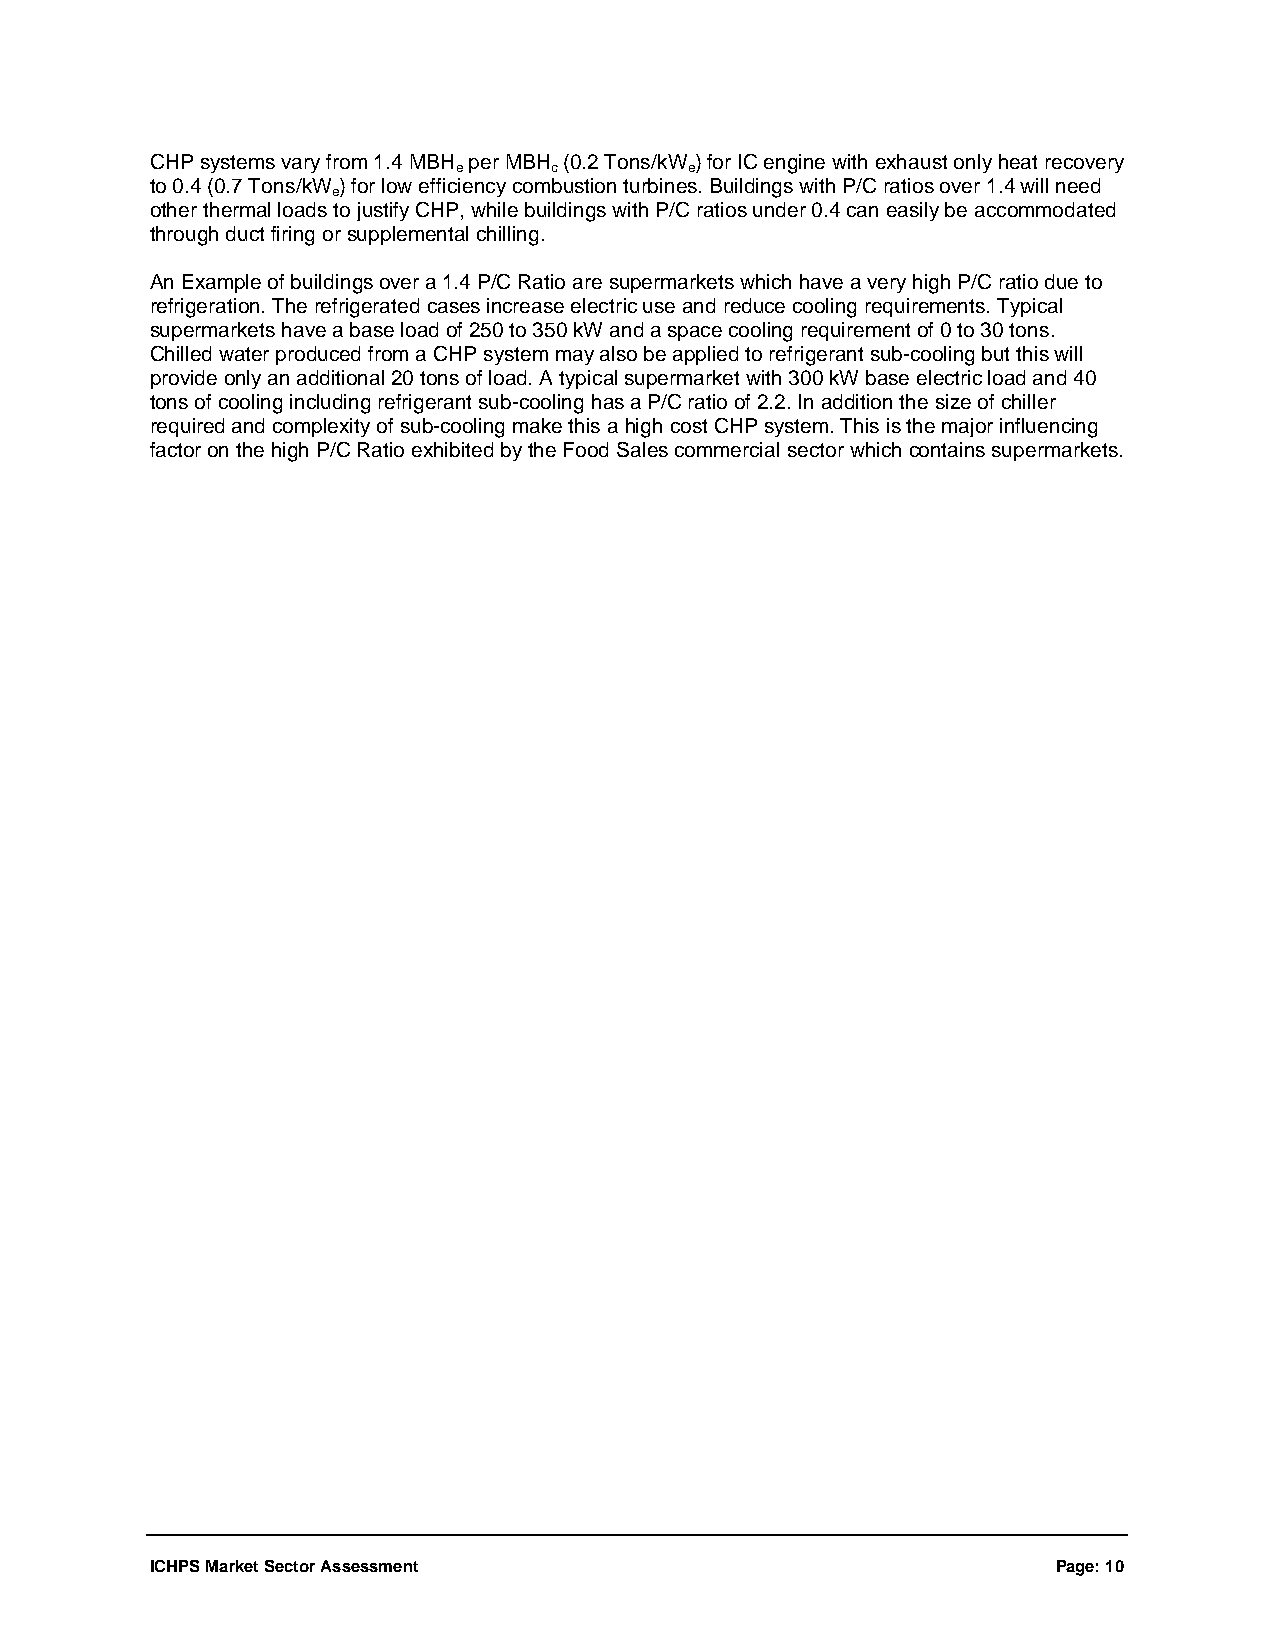
CHP systems vary from 1.4 MBH per MBH (0.2 Tons/kW ) for IC engine with exhaust only heat recovery
 e     c         e
 to 0.4 (0.7 Tons/kW ) for low efficiency combustion turbines. Buildings with P/C ratios over 1.4 will need
 e
 other thermal loads to justify CHP, while buildings with P/C ratios under 0.4 can easily be accommodated
 through duct firing or supplemental chilling.
 An Example of buildings over a 1.4 P/C Ratio are supermarkets which have a very high P/C ratio due to
 refrigeration. The refrigerated cases increase electric use and reduce cooling requirements. Typical
 supermarkets have a base load of 250 to 350 kW and a space cooling requirement of 0 to 30 tons.
 Chilled water produced from a CHP system may also be applied to refrigerant sub-cooling but this will
 provide only an additional 20 tons of load. A typical supermarket with 300 kW base electric load and 40
 tons of cooling including refrigerant sub-cooling has a P/C ratio of 2.2. In addition the size of chiller
 required and complexity of sub-cooling make this a high cost CHP system. This is the major influencing
 factor on the high P/C Ratio exhibited by the Food Sales commercial sector which contains supermarkets.
 ICHPS Market Sector Assessment                              Page: 10